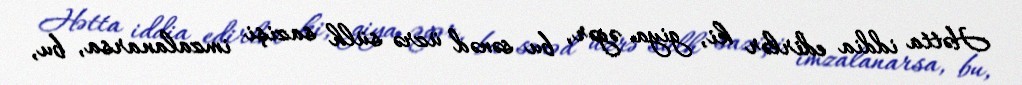
Hətta iddia edirlər ki, giya əgər, bu sənəd üzrə sülh sazişi imzalanarsa, bu,